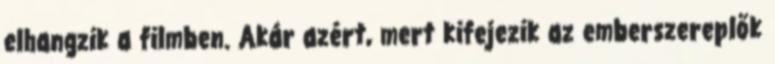
elhangzik a filmben. Akár azért, mert kifejezik az emberszereplők